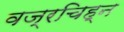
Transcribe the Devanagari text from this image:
वज्रचिह्न